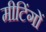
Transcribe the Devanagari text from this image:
मीटिंगों